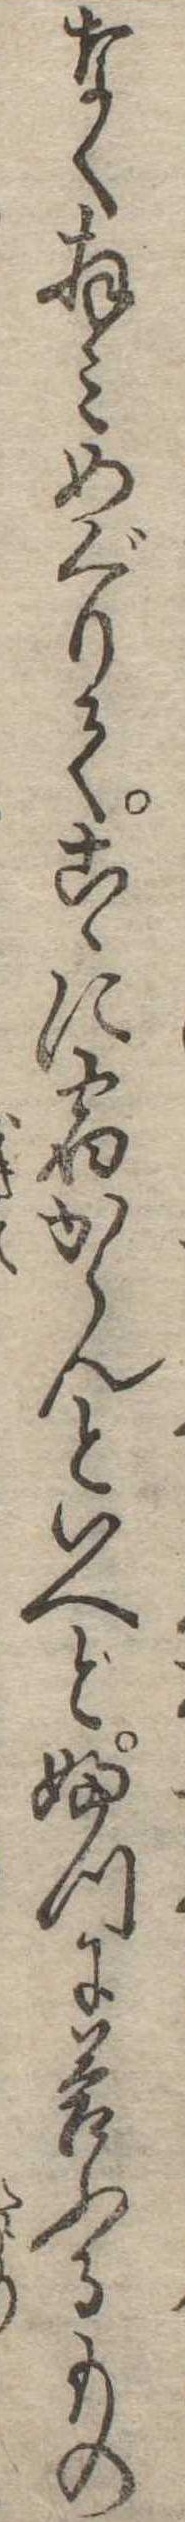
なく拝みめぐりてこゝに宿からんといへどふつに答ふるもの